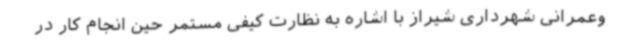
وعمرانی شهرداری شیراز با اشاره به نظارت کیفی مستمر حین انجام کار در